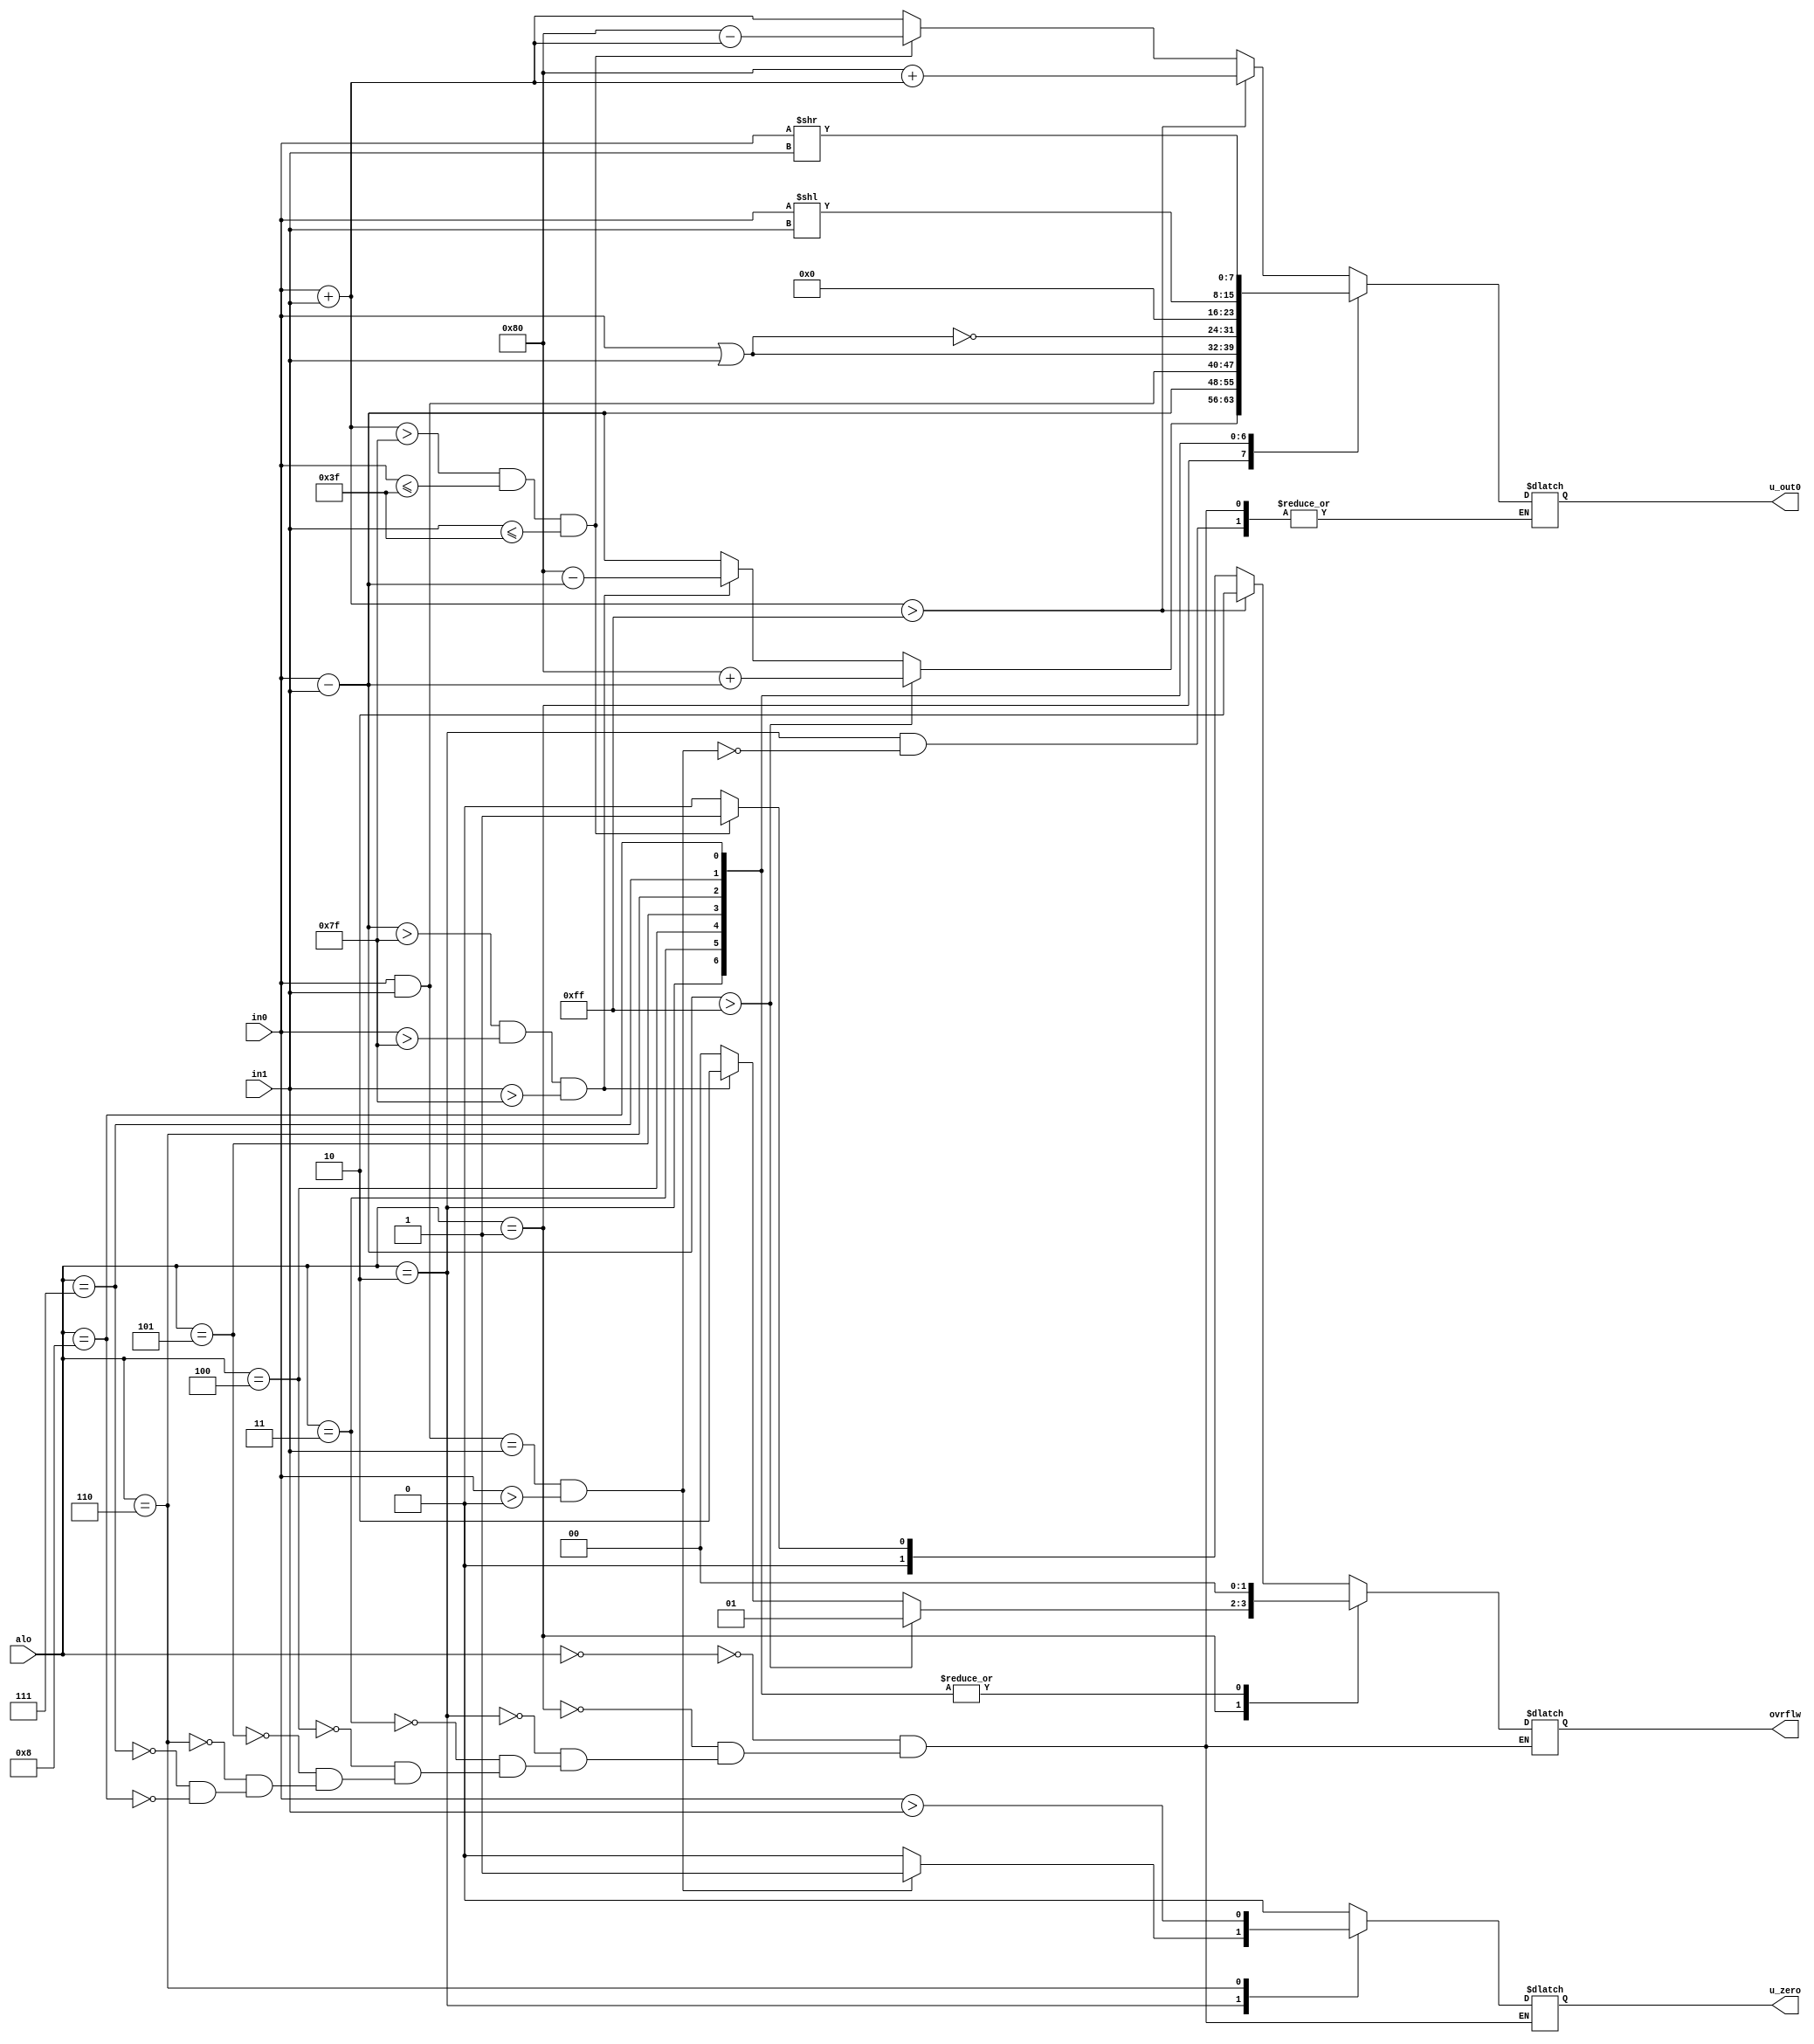
//Modulo de ALU:
//Entradas: 	
//		in0: entrada0 da ALU
//		in1: entrada1 da ALU
//		alo: Bits de controle da ALU
//Saidas:	
//		zero: saida de controle da ALU
//		out0: saida da ALU
//		ovrflw: overflow da ALU
module nR_ALU(in0,in1,alo,u_zero,u_out0,ovrflw);
	input[7:0] in0,in1,alo;
	output reg [1:0] ovrflw;
	output reg u_zero;
	output reg [7:0] u_out0;
	
	initial begin 
		ovrflw<=0;
		u_zero<=0;
		u_out0<=0;
	end
		
	always@(*)
		case(alo)
		  4'b0000: begin//add-0
			u_zero<=0;
			if(in0+in1>8'b11111111) begin//negative overflow
				 u_out0<=128+(in0+in1);
				 ovrflw<=2'b10;
			end
			else if(in0+in1>8'b01111111 & in0<=8'b0111111 & in1<=8'b0111111) begin//positive overflow
				 u_out0<=(128-(in0+in1));
				 ovrflw<=2'b01;
			end 
			else begin
				 u_out0<=in0+in1;
				 ovrflw<=0;
			end
		    end
		  4'b0001: begin//sub-1
		    u_zero<=0;
			if(in0-in1>8'b11111111) begin//negative overflow
				 u_out0<=128+(in0-in1);
				 ovrflw<=2'b01;
			end else if(in0-in1>8'b01111111 & in0>8'b01111111 & in1>8'b01111111) begin//positive overflow
				 u_out0<=128-(in0-in1);
				 ovrflw<=2'b10;
			end
			else begin
				 u_out0<=in0-in1;
				 ovrflw<=0;
			end
			end
		  4'b0010: begin//flag test-2
			ovrflw<=0;
			if((in0&in1)==in1 & in0>0) begin
				 u_out0<=in0-in1;
				 u_zero<=1;
			end	else u_zero=0;
			end
		  4'b0011: begin//and-3
		     ovrflw<=0;
			 u_zero<=0;
			 u_out0<=in0&in1;
		 end
		  4'b0100: begin//or-4
		     ovrflw<=0;
			 u_zero<=0;
			 u_out0<=(in0|in1);
		  end
		  4'b0101: begin//nor-5
		     ovrflw<=0;
			 u_zero<=0;
			 u_out0<=~(in0|in1);
			 end
		  4'b0110: begin//less-6
		     ovrflw<=0;
		     u_out0<=0;
			 u_zero<=(in0>in1);
			 end
		  4'b0111: begin//sl-7
		     ovrflw<=0;
			 u_zero<=0;
			 u_out0<=in0<<in1;
			 end
		  4'b1000: begin//sr-8
		     ovrflw<=0;
		     u_zero<=0;
			 u_out0<=in0>>in1;
			 end
		endcase
endmodule
 
//Modulo de Somador:
//Entradas: 	
//		in0: entrada0 do somador
//		in1: entrada1 do somador
//Saidas:	
//		out0: saida do somador

module nR_Adder(in0,in1,add_out0);
	input[7:0] in0,in1;
	output[7:0] add_out0;
	
	assign add_out0=in0+in1;
endmodule